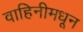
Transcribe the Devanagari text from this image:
वाहिनीमधून